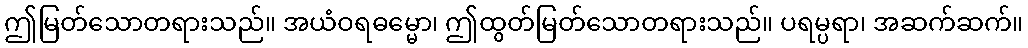
ဤမြတ်သောတရားသည်။ အယံဝရဓမ္မော၊ ဤထွတ်မြတ်သောတရားသည်။ ပရမ္ပရာ၊ အဆက်ဆက်။